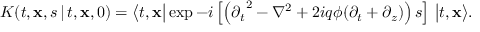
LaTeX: K ( t , { \bf x } , s \, \vert \, t , { \bf x } , 0 ) = \big \langle t , { \bf x } \big \vert \exp - i \left[ \left( { \partial _ { t } } ^ { 2 } - { \nabla } ^ { 2 } + 2 i q \phi ( \partial _ { t } + \partial _ { z } ) \right) s \right] \, \big \vert t , { \bf x } \big \rangle .